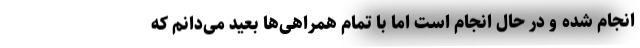
انجام شده و در حال انجام است اما با تمام همراهی‌ها بعید می‌دانم که